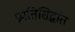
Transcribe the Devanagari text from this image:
प्रपतिसिद्धांत